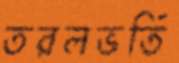
তরলভর্তি